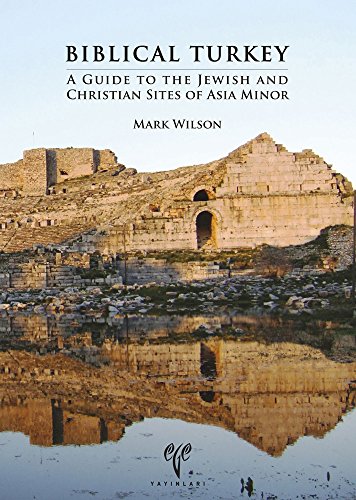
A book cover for Biblical Turkey: A Guide to the Jewish and Christian Sites of Asia Minor; Mark Wilson; Travel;